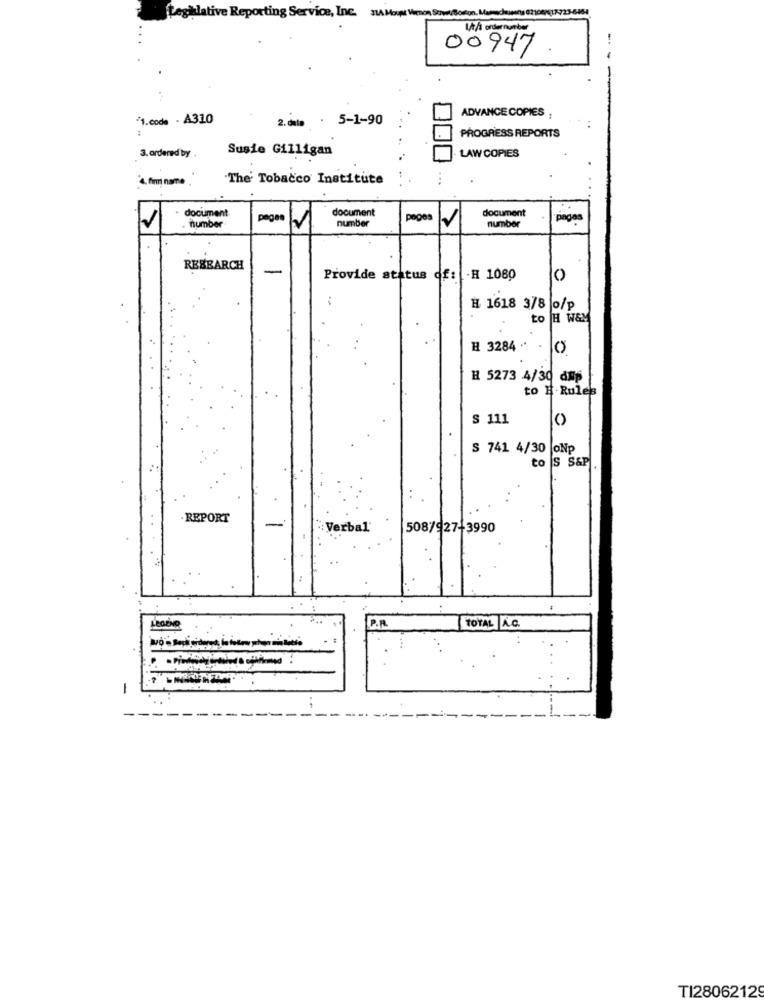
723-6164
Leghlative Reporting Service, Inc. 11A Mount Vernon Sowe
1/t/1 ordernumber
00947
/1.code . A310
2.deta . 5-1-90
ADVANCE COPIES :
PROGRESS REPORTS
Susie Gilligan
LAW COPIES
3. ordered by .
4. firm name .
The Tobacco Institute
. document
pages
document
pages
document
number
pinges
number
number
RESEARCH
-
Provide status of: - H 1080
O
..
H 1618 3/8 0/p
to H W&M
H 3284 "
H 5273 4/30 amp
to H.Rules
S 111
S 741 4/30 oNp
to S S&P
. REPORT
-
"Verbal'
508/927-3990
LEGEND
P.R.
TOTAL A.C.
-
TI2806212